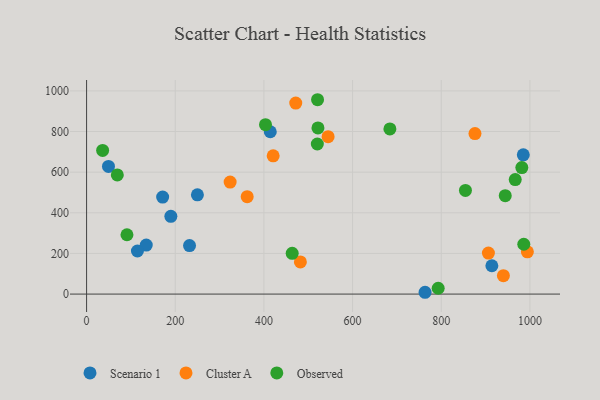
{"axis": {"x": "Distance", "y": "Profit"}, "legend": ["Cluster A", "Observed", "Scenario 1"], "data": [{"x": "190.1", "y": 382.7, "type": "Scenario 1"}, {"x": "134.6", "y": 241.4, "type": "Scenario 1"}, {"x": "49.4", "y": 628.4, "type": "Scenario 1"}, {"x": "171.6", "y": 477.7, "type": "Scenario 1"}, {"x": "414.4", "y": 798.9, "type": "Scenario 1"}, {"x": "985.1", "y": 685.5, "type": "Scenario 1"}, {"x": "114.7", "y": 212.1, "type": "Scenario 1"}, {"x": "232.2", "y": 238.8, "type": "Scenario 1"}, {"x": "763.5", "y": 8.9, "type": "Scenario 1"}, {"x": "250.0", "y": 488.6, "type": "Scenario 1"}, {"x": "914.2", "y": 139.4, "type": "Scenario 1"}, {"x": "362.3", "y": 479.2, "type": "Cluster A"}, {"x": "471.8", "y": 940.1, "type": "Cluster A"}, {"x": "906.4", "y": 201.7, "type": "Cluster A"}, {"x": "544.8", "y": 774.6, "type": "Cluster A"}, {"x": "994.3", "y": 207.9, "type": "Cluster A"}, {"x": "323.8", "y": 551.1, "type": "Cluster A"}, {"x": "876.1", "y": 790.2, "type": "Cluster A"}, {"x": "420.9", "y": 680.5, "type": "Cluster A"}, {"x": "482.3", "y": 158.3, "type": "Cluster A"}, {"x": "940.2", "y": 90.8, "type": "Cluster A"}, {"x": "91.1", "y": 292.1, "type": "Observed"}, {"x": "36.2", "y": 707.3, "type": "Observed"}, {"x": "966.9", "y": 563.7, "type": "Observed"}, {"x": "521.9", "y": 818.0, "type": "Observed"}, {"x": "463.8", "y": 200.8, "type": "Observed"}, {"x": "403.6", "y": 834.0, "type": "Observed"}, {"x": "684.2", "y": 812.9, "type": "Observed"}, {"x": "520.5", "y": 738.6, "type": "Observed"}, {"x": "944.4", "y": 484.2, "type": "Observed"}, {"x": "69.3", "y": 586.7, "type": "Observed"}, {"x": "521.0", "y": 956.6, "type": "Observed"}, {"x": "981.8", "y": 622.5, "type": "Observed"}, {"x": "986.2", "y": 245.2, "type": "Observed"}, {"x": "793.1", "y": 28.8, "type": "Observed"}, {"x": "854.6", "y": 510.0, "type": "Observed"}]}